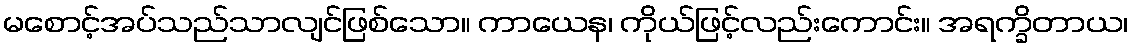
မစောင့်အပ်သည်သာလျင်ဖြစ်သော။ ကာယေန၊ ကိုယ်ဖြင့်လည်းကောင်း။ အရက္ခိတာယ၊